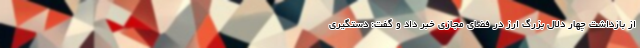
از بازداشت چهار دلال بزرگ ارز در فضای مجازی خبر داد و گفت: دستگیری